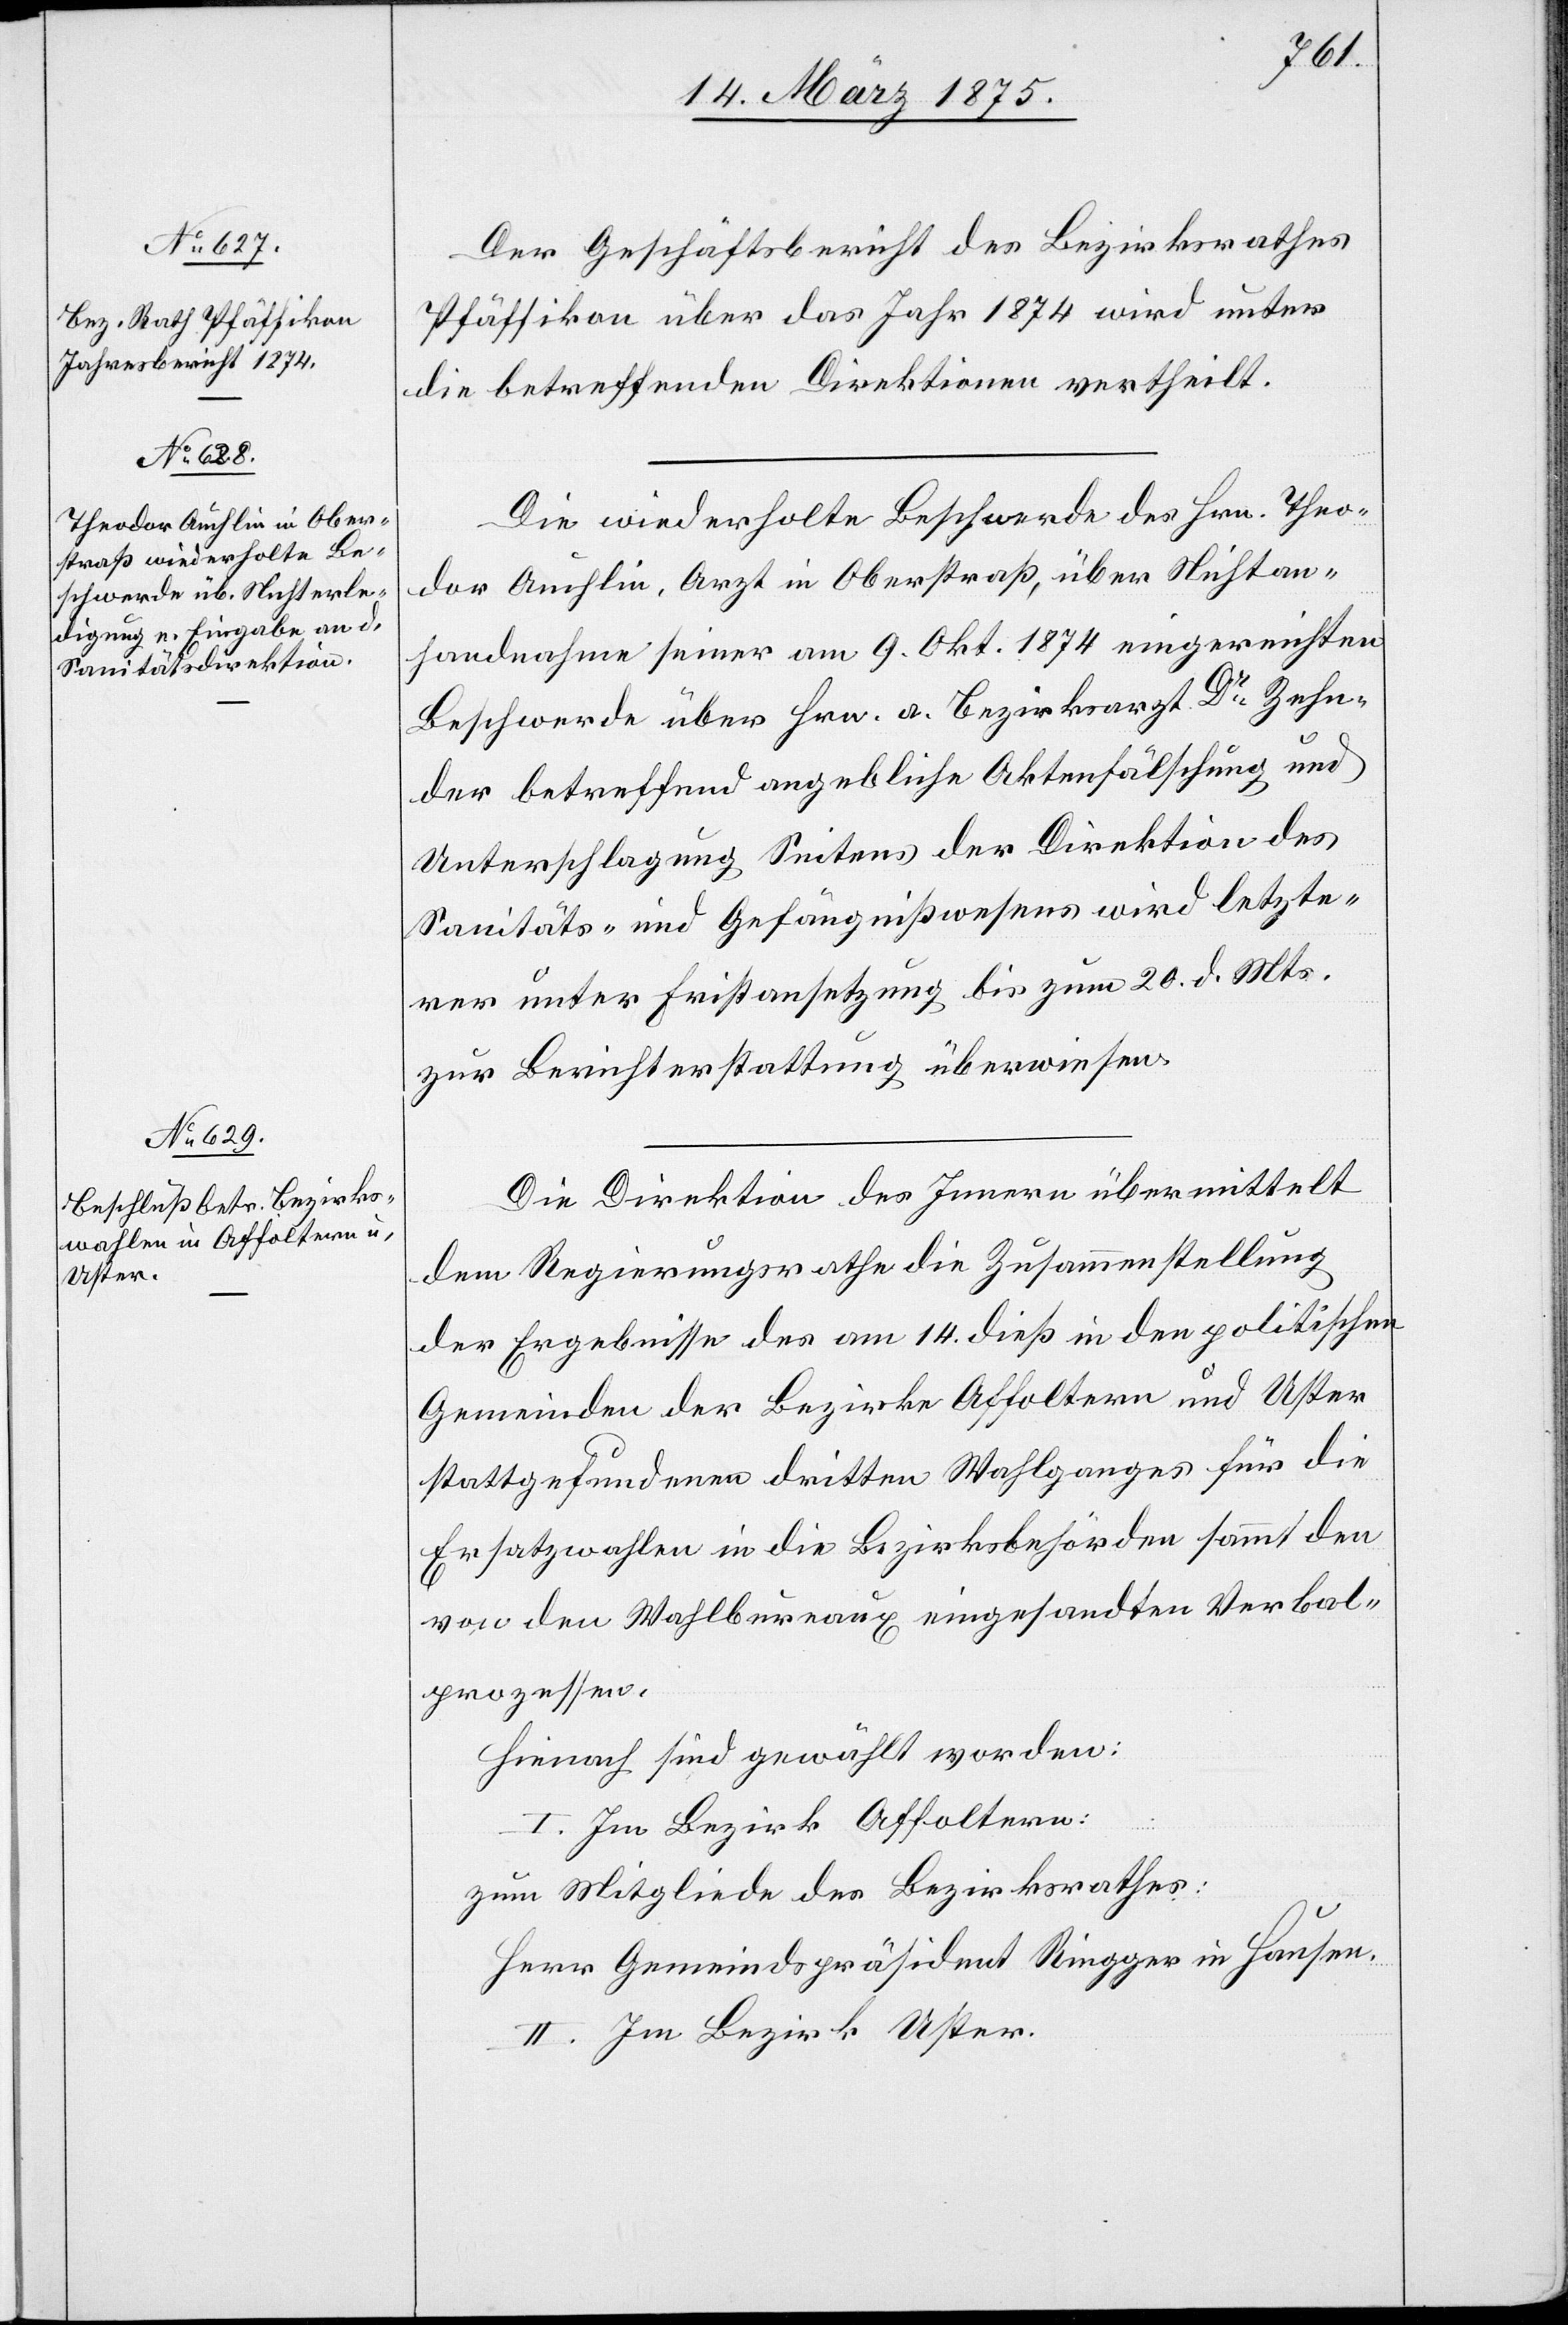
16. März 1875.]
Der Geschäftsbericht des Bezirksrathes
Pfäffikon über das Jahr 1874 wird unter
die betreffenden Direktionen vertheilt.
Die wiederholte Beschwerde des Hrn. Theo¬
dor Auchlin, Arzt in Oberstraß, über Nichtan¬
handnahme seiner am 9. Okt. 1874 eingereichten
Beschwerde über Hrn. a. Bezirksarzt Dr Zehn¬
der betreffend angebliche Aktenfälschung und
Unterschlagung Seitens der Direktion des
Sanitäts- und Gefängnißwesens wird letzte¬
rer unter Fristansetzung bis zum 20. d. Mts
zur Berichterstattung überwiesen.
Die Direktion des Innern übermittelt
dem Regierungsrathe die Zusammenstellung
der Ergebnisse des am 14. dieß in den politischen
Gemeinden der Bezirke Affoltern und Uster
stattgefundenen dritten Wahlganges für die
Ersatzwahlen in die Bezirksbehörde sammt den
von den Wahlbureaux eingesandten Verbal¬
prozessen.
Hienach sind gewählt worden:
I. Im Bezirk Affoltern:
zum Mitgliede des Bezirksrathes:
Herr Gemeindepräsident Ringger in Hausen.
II. Im Bezirk Uster